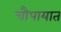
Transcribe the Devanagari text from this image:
चौपायात